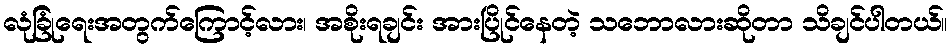
လုံခြုံရေးအတွက်ကြောင့်လား၊ အစိုးရချင်း အားပြိုင်နေတဲ့ သဘောလားဆိုတာ သိချင်ပါတယ်။